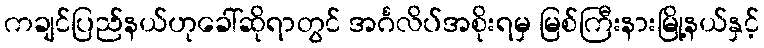
ကချင်ပြည်နယ်ဟုခေါ်ဆိုရာတွင် အင်္ဂလိပ်အစိုးရမှ မြစ်ကြီးနားမြို့နယ်နှင့်